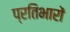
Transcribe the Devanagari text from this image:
प्रतिभारों